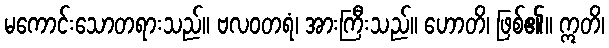
မကောင်းသောတရားသည်။ ဗလဝတရံ၊ အားကြီးသည်။ ဟောတိ၊ ဖြစ်၏။ ဣတိ၊